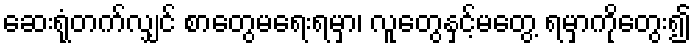
ဆေးရုံတက်လျှင် စာတွေမရေးရမှာ၊ လူတွေနှင့်မတွေ့ ရမှာကိုတွေး၍